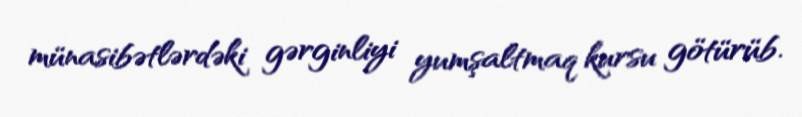
münasibətlərdəki gərginliyi yumşaltmaq kursu götürüb.